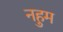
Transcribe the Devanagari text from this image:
नहुम